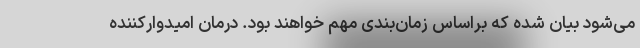
می‌شود بیان شده که براساس زمان‌بندی مهم خواهند بود. درمان امیدوارکننده